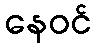
နေဝင်